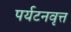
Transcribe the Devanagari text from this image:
पर्यटनवृत्त